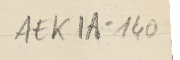
EAK1A-140